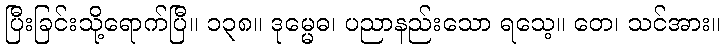
ပြီးခြင်းသို့ရောက်ပြီ။ ၁၃၈။ ဒုမ္မေဓ၊ ပညာနည်းသော ရသေ့။ တေ၊ သင်အား။